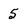
Character: 5